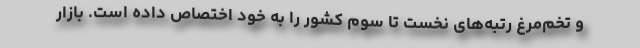
و تخم‌مرغ رتبه‌های نخست تا سوم کشور را به خود اختصاص داده است. بازار